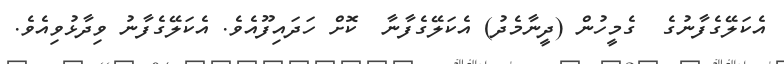
އެކަލޭގެފާނުގެ  ގެމީހުން (ދީނާމެދު) އެކަލޭގެފާނާ  ކޮށް ހަދައިފޫއެވެ. އެކަލޭގެފާނު ވިދާޅުވިއެވެ.